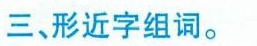
三、形近字组词。